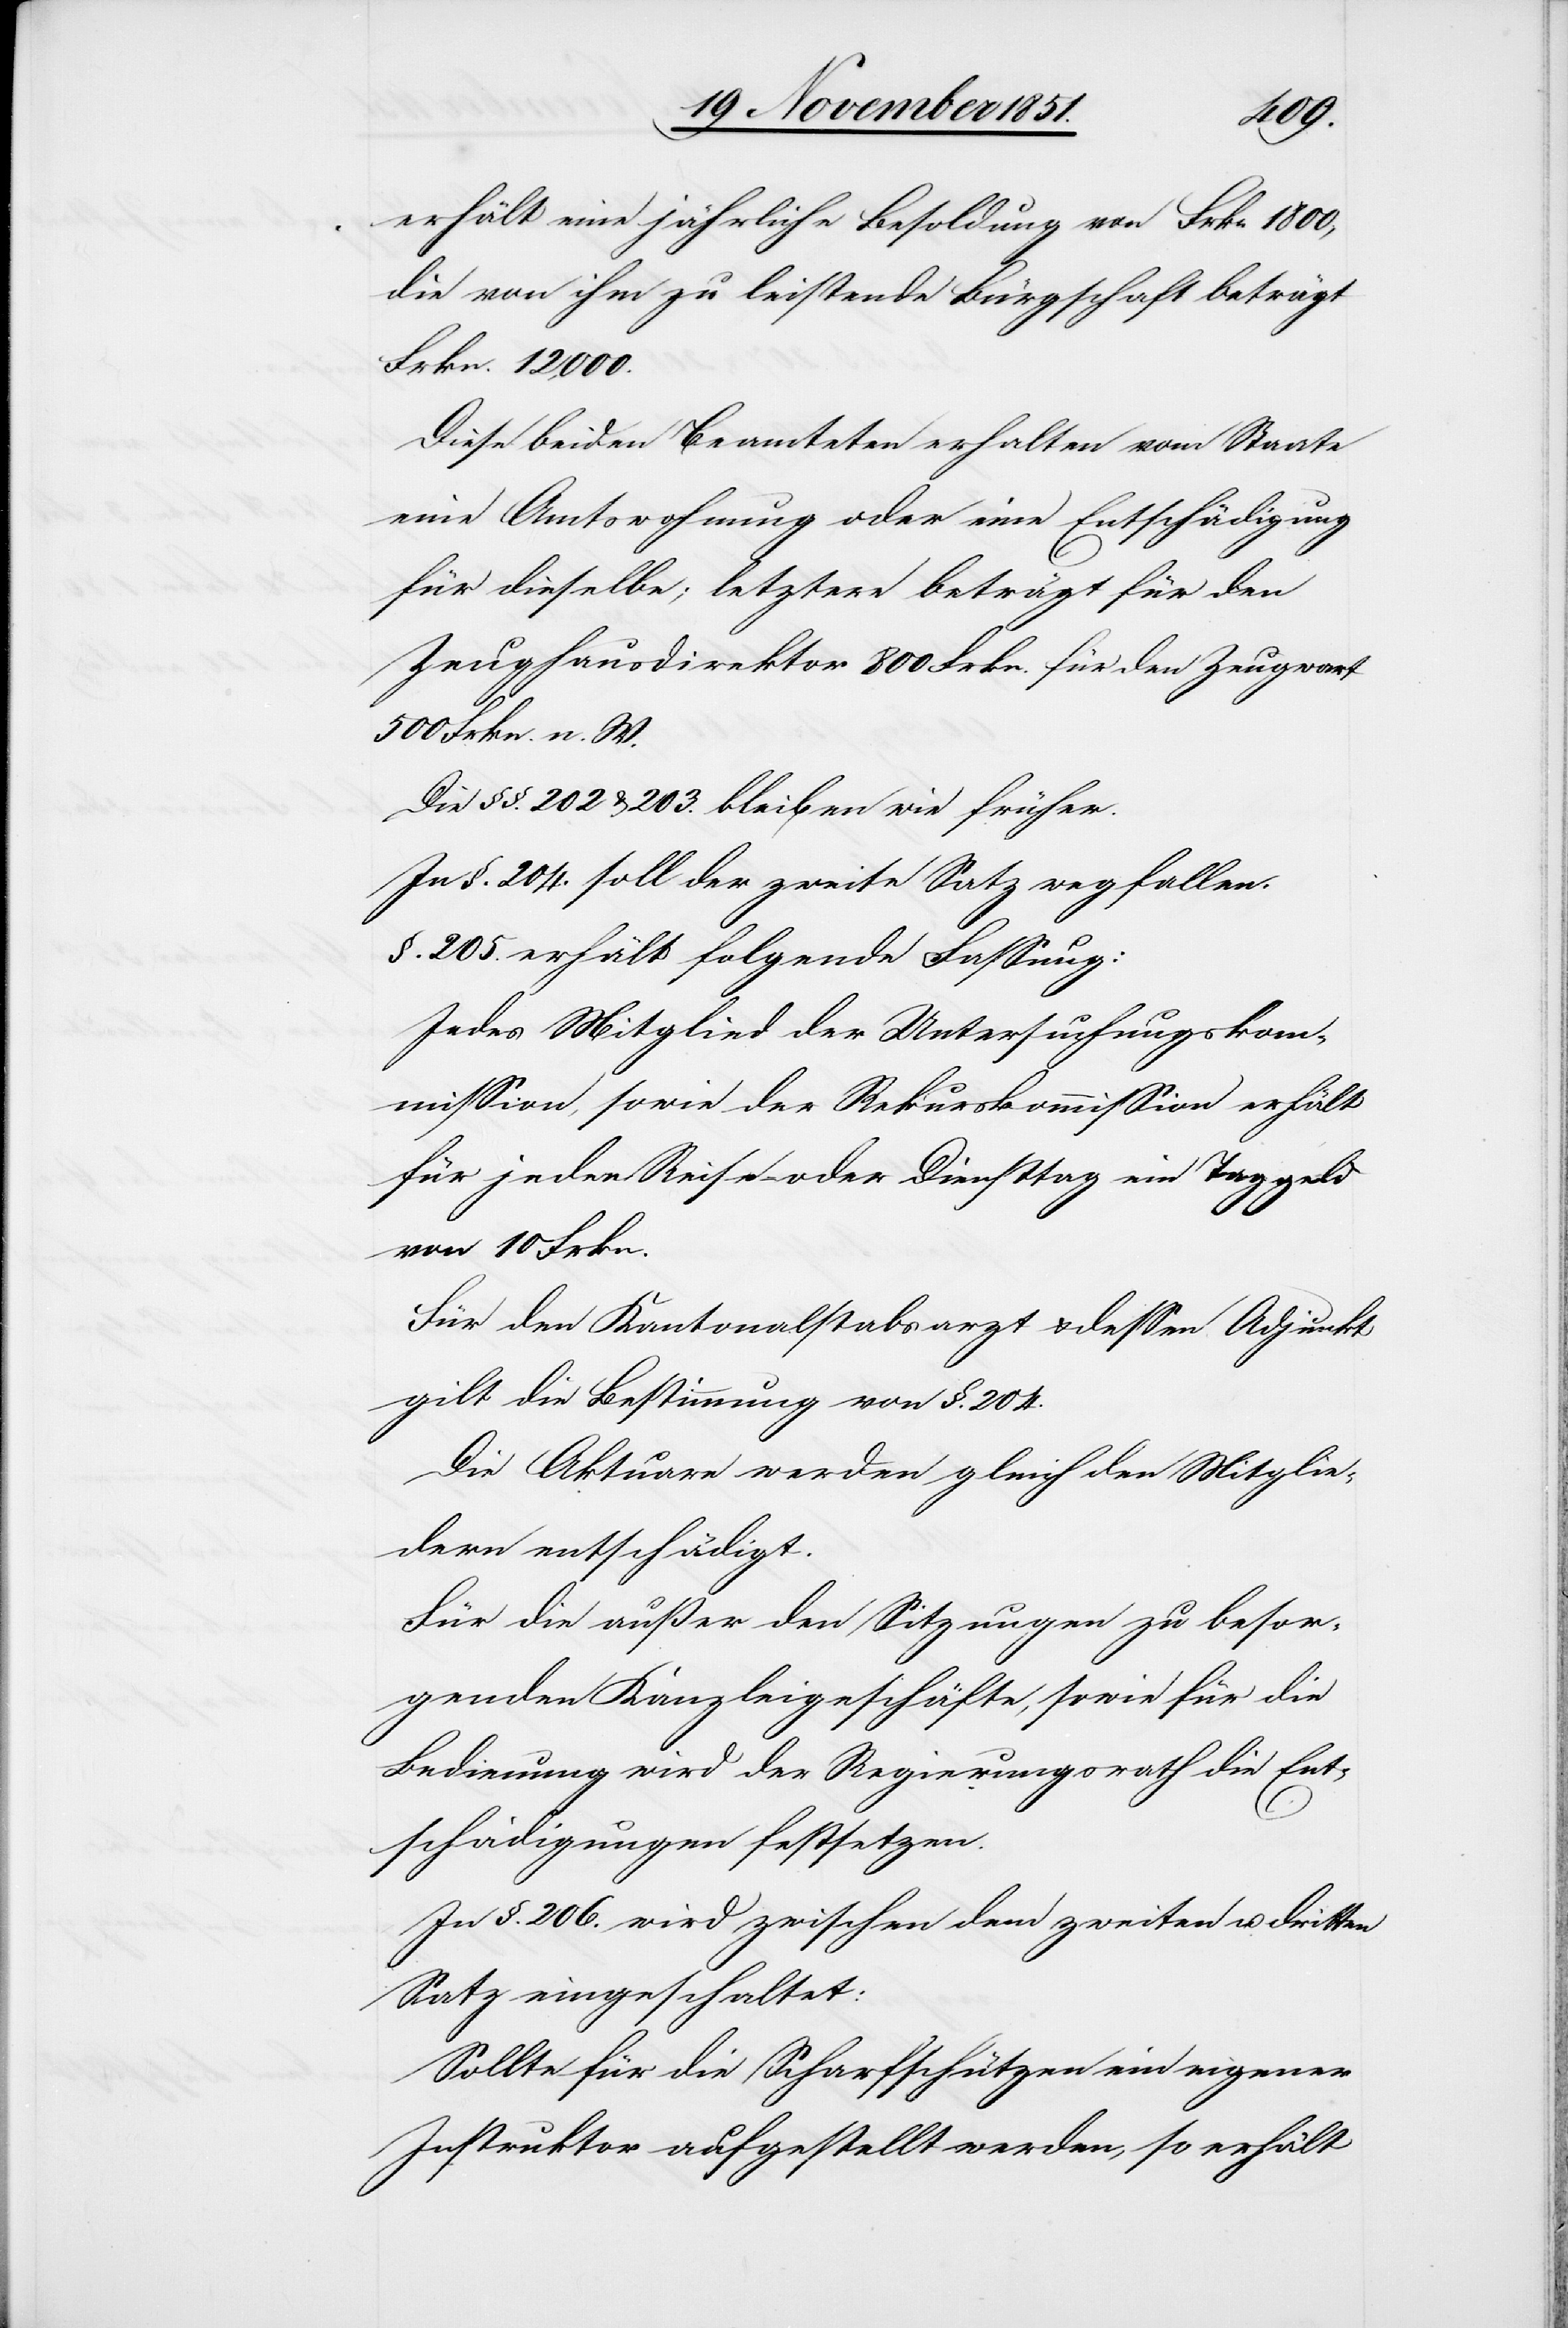
erhält eine jährliche Besoldung von Frkn 1800,
die von ihm zu leistende Bürgschaft beträgt
Frkn. 12,000.
Diese beiden Beamteten erhalten vom Staate
eine Amtswohnung oder eine Entschädigung
für dieselbe; letztere beträgt für den
Zeughausdirektor 800 Frkn. für den Zeugwart
500 Frkn. n. W.
Die §§. 202 & 203. bleiben wie früher.
In §. 204. soll der zweite Satz wegfallen.
§. 205. erhält folgende Fassung:
Jedes Mitglied der Untersuchungskom¬
mission, sowie der Rekurskommission erhält
für jeden Reise- oder Diensttag ein Taggeld
von 10 Frkn.
Für den Kantonalstabsarzt & dessen Adjunkt
gilt die Bestimmung von §. 204.
Die Aktuare werden gleich den Mitglie¬
dern entschädigt.
Für die außer den Sitzungen zu besor¬
genden Kanzleigeschäfte, sowie für die
Bedienung wird der Regierungsrath die Ent¬
schädigungen festsetzen.
In §. 206. wird zwischen dem zweiten u. dritten
Satz eingeschaltet:
Sollte für die Scharfschützen ein eigener
Instruktor aufgestellt werden, so erhält